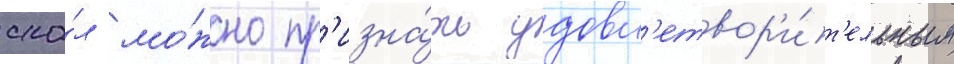
ска́л мо́жно пр'изна́ть удовл'етвор'и́т'ельным